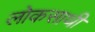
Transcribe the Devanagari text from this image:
लोकसाथी